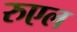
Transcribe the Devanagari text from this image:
रुएल